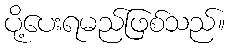
ပို့ပေးရမည်ဖြစ်သည်။